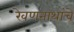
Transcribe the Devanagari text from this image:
रेवणनाथांचे